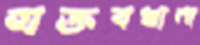
মক্তবখানা